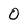
Character: O